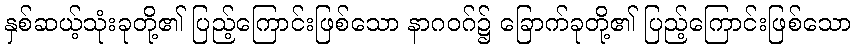
နှစ်ဆယ့်သုံးခုတို့၏ ပြည့်ကြောင်းဖြစ်သော နာဂဝဂ်၌ ခြောက်ခုတို့၏ ပြည့်ကြောင်းဖြစ်သော